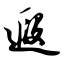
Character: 遐